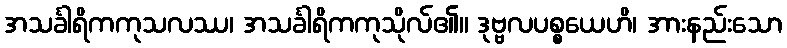
အသင်္ခါရိကကုသလဿ၊ အသင်္ခါရိကကုသိုလ်၏။ ဒုဗ္ဗလပစ္စယေဟိ၊ အားနည်းသော